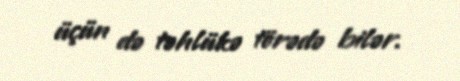
üçün də təhlükə törədə bilər.